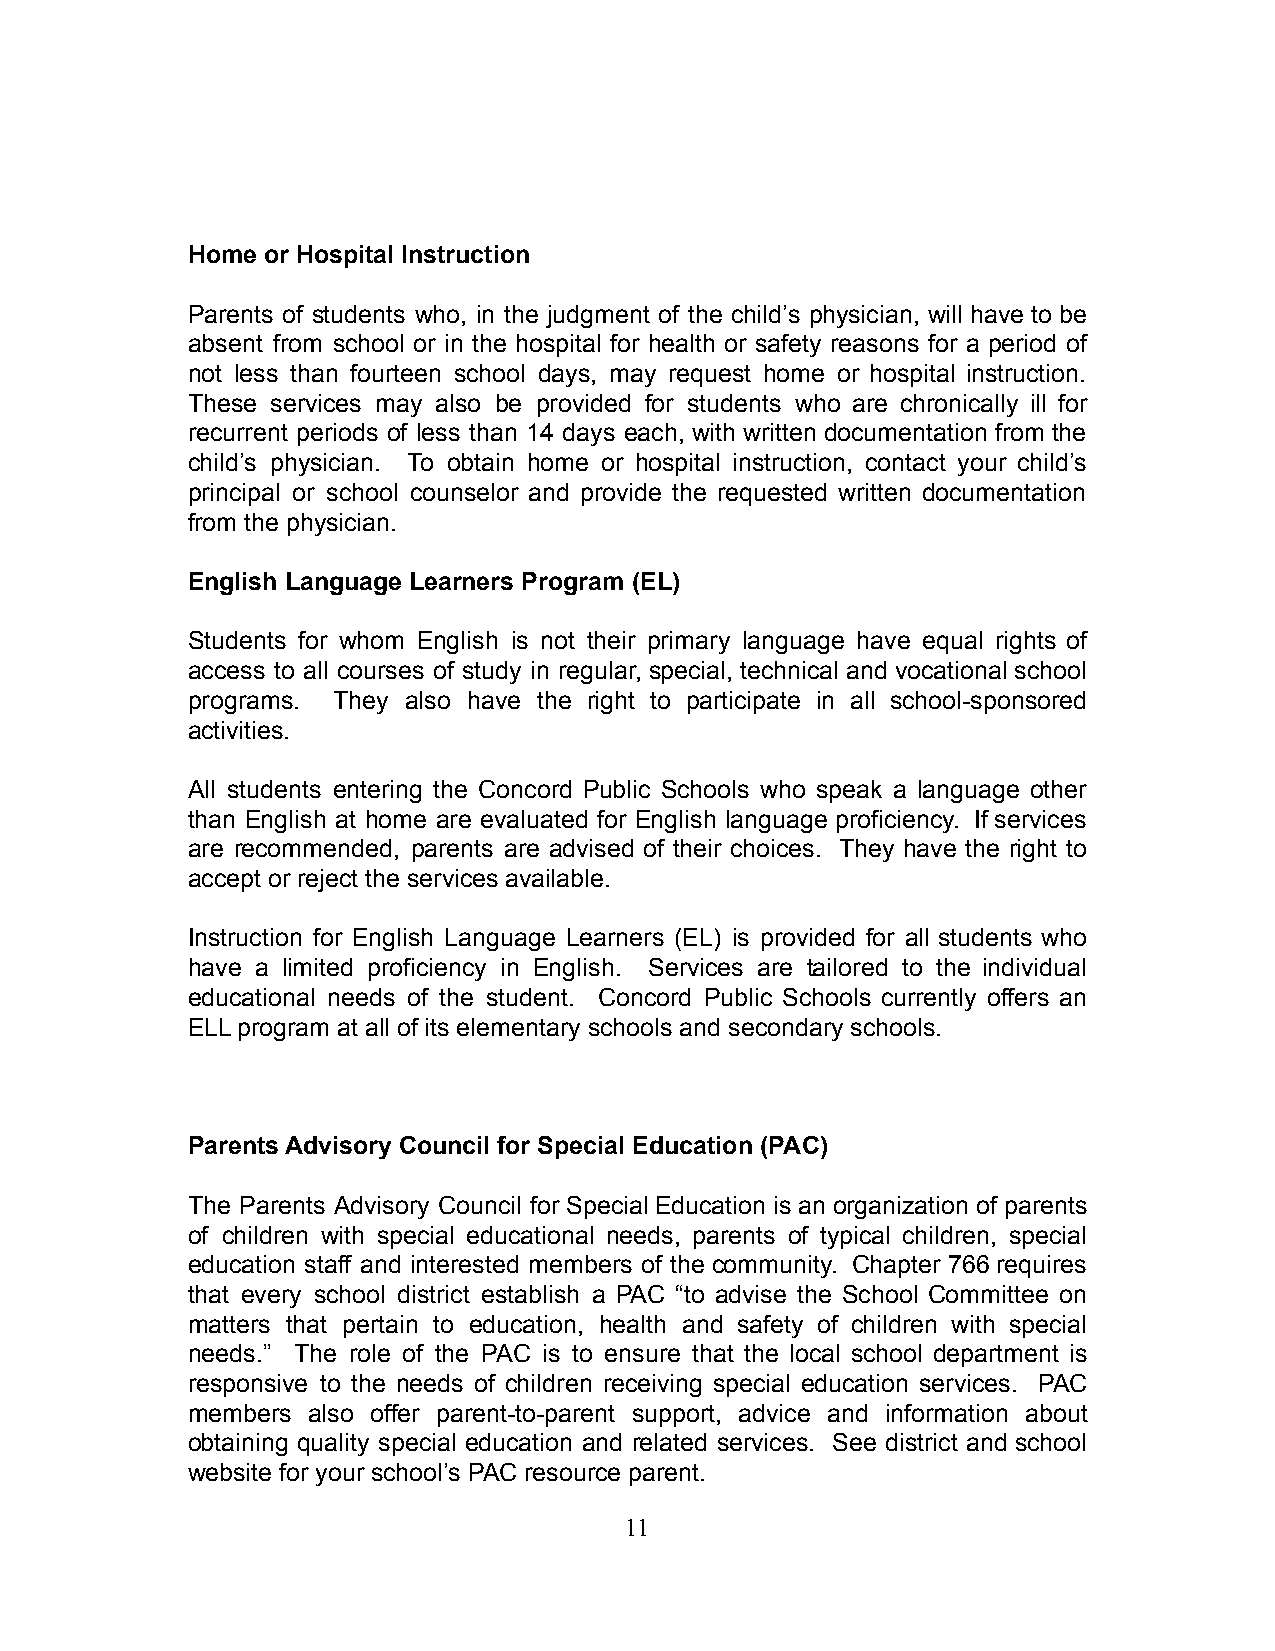
Home or Hospital Instruction
 Parents of students who, in the judgment of the child’s physician, will have to be
 absent from school or in the hospital for health or safety reasons for a period of
 not less than fourteen school days, may request home or hospital instruction.
 These services may also be provided for students who are chronically ill for
 recurrent periods of less than 14 days each, with written documentation from the
 child’s physician. To obtain home or hospital instruction, contact your child’s
 principal or school counselor and provide the requested written documentation
 from the physician.
 English Language Learners Program (EL)
 Students for whom English is not their primary language have equal rights of
 access to all courses of study in regular, special, technical and vocational school
 programs. They also have the right to participate in all school-sponsored
 activities.
 All students entering the Concord Public Schools who speak a language other
 than English at home are evaluated for English language proficiency. If services
 are recommended, parents are advised of their choices. They have the right to
 accept or reject the services available.
 Instruction for English Language Learners (EL) is provided for all students who
 have a limited proficiency in English. Services are tailored to the individual
 educational needs of the student. Concord Public Schools currently offers an
 ELL program at all of its elementary schools and secondary schools.
 Parents Advisory Council for Special Education (PAC)
 The Parents Advisory Council for Special Education is an organization of parents
 of children with special educational needs, parents of typical children, special
 education staff and interested members of the community. Chapter 766 requires
 that every school district establish a PAC “to advise the School Committee on
 matters that pertain to education, health and safety of children with special
 needs.” The role of the PAC is to ensure that the local school department is
 responsive to the needs of children receiving special education services. PAC
 members also offer parent-to-parent support, advice and information about
 obtaining quality special education and related services. See district and school
 website for your school’s PAC resource parent.
 11